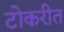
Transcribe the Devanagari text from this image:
टोकरीत